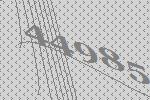
44985